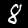
Digit: 8